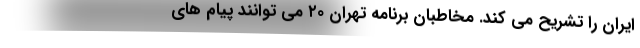
ایران را تشریح می کند. مخاطبان برنامه تهران ۲۰ می توانند پیام های